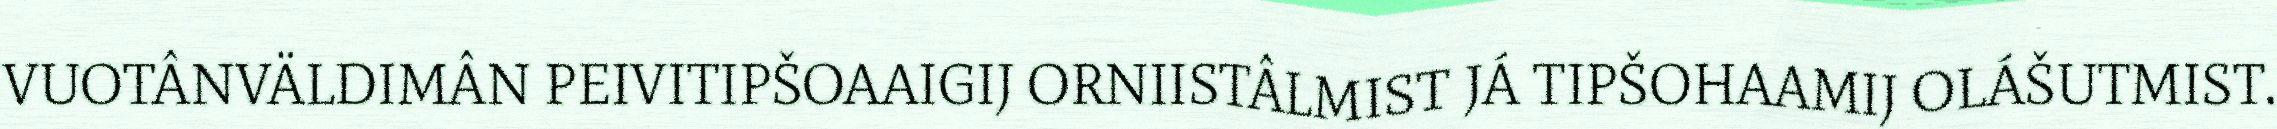
VUOTÂNVÄLDIMÂN PEIVITIPŠOAAIGIJ ORNIISTÂLMIST JÁ TIPŠOHAAMIJ OLÁŠUTMIST.